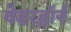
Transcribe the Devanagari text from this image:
वेडरहॉर्न